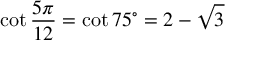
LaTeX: \cot { \frac { 5 \pi } { 1 2 } } = \cot 7 5 ^ { \circ } = 2 - { \sqrt { 3 } }